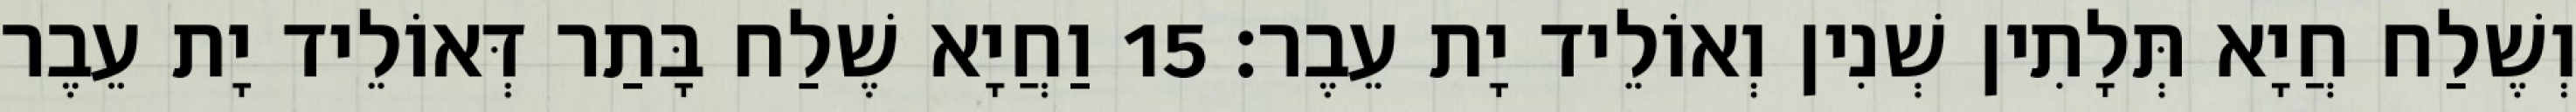
וְשֶׁלַח חֲיָא תְּלָתִין שְׁנִין וְאוֹלֵיד יָת עֵבֶר׃ 15 וַחֲיָא שֶׁלַח בָּתַר דְּאוֹלֵיד יָת עֵבֶר